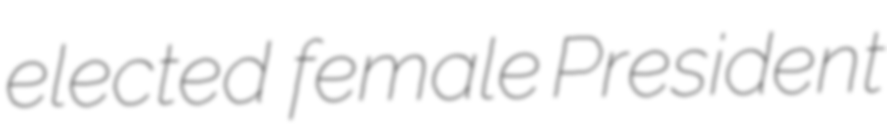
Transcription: elected  female President